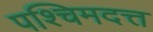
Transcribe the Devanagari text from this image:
पश्चिमदत्त